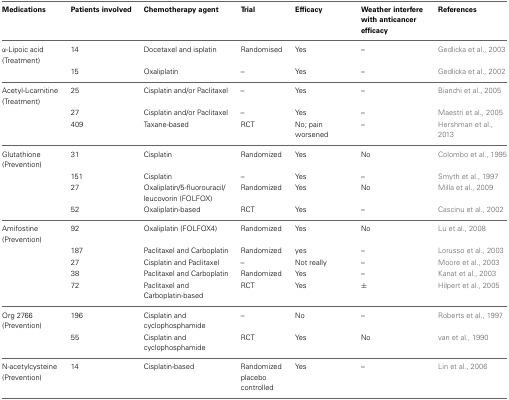
<table><thead><tr><td><b>Medications</b></td><td><b>Patients involved</b></td><td><b>Chemotherapy agent</b></td><td><b>Trial</b></td><td><b>Efficacy</b></td><td><b>Weather interfere with anticancer efficacy</b></td><td><b>References</b></td></tr></thead><tbody><tr><td>α-Lipoic acid (Treatment)</td><td>14</td><td>Docetaxel and isplatin</td><td>Randomised</td><td>Yes</td><td>–</td><td>Gedlicka et al., 2003</td></tr><tr><td></td><td>15</td><td>Oxaliplatin</td><td>–</td><td>Yes</td><td>–</td><td>Gedlicka et al., 2002</td></tr><tr><td>Acetyl-L-carnitine (Treatment)</td><td>25</td><td>Cisplatin and/or Paclitaxel</td><td>–</td><td>Yes</td><td>–</td><td>Bianchi et al., 2005</td></tr><tr><td></td><td>27</td><td>Cisplatin and/or Paclitaxel</td><td>–</td><td>Yes</td><td>–</td><td>Maestri et al., 2005</td></tr><tr><td></td><td>409</td><td>Taxane-based</td><td>RCT</td><td>No; pain worsened</td><td>–</td><td>Hershman et al., 2013</td></tr><tr><td>Glutathione (Prevention)</td><td>31</td><td>Cisplatin</td><td>Randomized</td><td>Yes</td><td>No</td><td>Colombo et al., 1995</td></tr><tr><td></td><td>151</td><td>Cisplatin</td><td>–</td><td>Yes</td><td>–</td><td>Smyth et al., 1997</td></tr><tr><td></td><td>27</td><td>Oxaliplatin/5-fluorouracil/leucovorin (FOLFOX)</td><td>Randomized</td><td>Yes</td><td>No</td><td>Milla et al., 2009</td></tr><tr><td></td><td>52</td><td>Oxaliplatin-based</td><td>RCT</td><td>Yes</td><td>–</td><td>Cascinu et al., 2002</td></tr><tr><td>Amifostine (Prevention)</td><td>92</td><td>Oxaliplatin (FOLFOX4)</td><td>Randomized</td><td>Yes</td><td>No</td><td>Lu et al., 2008</td></tr><tr><td></td><td>187</td><td>Paclitaxel and Carboplatin</td><td>Randomized</td><td>yes</td><td>–</td><td>Lorusso et al., 2003</td></tr><tr><td></td><td>27</td><td>Cisplatin and Paclitaxel</td><td>–</td><td>Not really</td><td>–</td><td>Moore et al., 2003</td></tr><tr><td></td><td>38</td><td>Paclitaxel and Carboplatin</td><td>Randomized</td><td>Yes</td><td>–</td><td>Kanat et al., 2003</td></tr><tr><td></td><td>72</td><td>Paclitaxel and Carboplatin-based</td><td>RCT</td><td>Yes</td><td>±</td><td>Hilpert et al., 2005</td></tr><tr><td>Org 2766 (Prevention)</td><td>196</td><td>Cisplatin and cyclophosphamide</td><td>–</td><td>No</td><td>–</td><td>Roberts et al., 1997</td></tr><tr><td></td><td>55</td><td>Cisplatin and cyclophosphamide</td><td>RCT</td><td>Yes</td><td>No</td><td>van et al., 1990</td></tr><tr><td>N-acetylcysteine (Prevention)</td><td>14</td><td>Cisplatin-based</td><td>Randomized placebo controlled</td><td>Yes</td><td>–</td><td>Lin et al., 2006</td></tr></tbody></table>